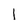
Character: l